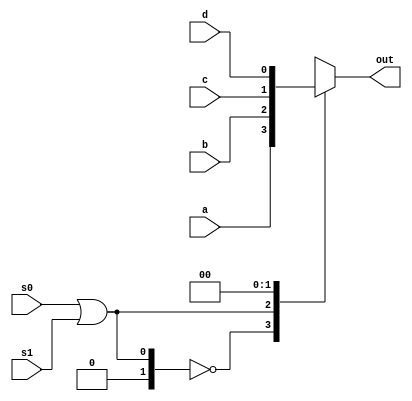
`timescale 1ns / 1ps
//////////////////////////////////////////////////////////////////////////////////
// Company: 
// Engineer: 
// 
// Design Name: 
// Module Name: MUX41
// Project Name: 
// Target Devices: 
// Tool Versions: 
// Description: 
// 
// Dependencies: 
// 
// Revision:
// Revision 0.01 - File Created
// Additional Comments:
// 
//////////////////////////////////////////////////////////////////////////////////


module MUX41 ( a, b, c, d, s0, s1, out);

input wire a, b, c, d;
input wire s0, s1;
output reg out;

always @ (a or b or c or d or s0, s1)
begin

case (s0 | s1)
2'b00 : out <= a;
2'b01 : out <= b;
2'b10 : out <= c;
2'b11 : out <= d;
endcase

end

endmodule